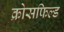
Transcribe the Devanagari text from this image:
क्रोसफिल्ड